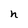
Character: n